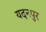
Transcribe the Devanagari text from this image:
यदनपुर